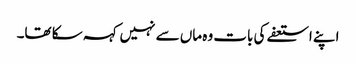
اپنے استعفے کی بات وہ ماں سے نہیں کہہ سکا تھا۔